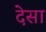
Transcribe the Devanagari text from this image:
देसा